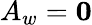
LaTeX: A_{w}=\mathbf{0}